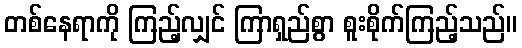
တစ်နေရာကို ကြည့်လျှင် ကြာရှည်စွာ စူးစိုက်ကြည့်သည်။